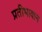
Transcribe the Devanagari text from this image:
प्रतीभावान